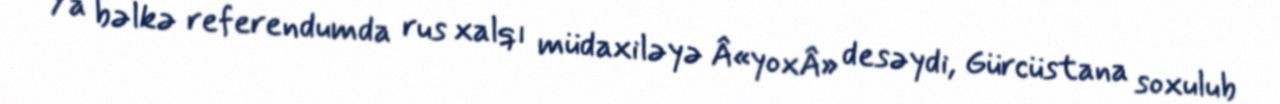
Ya bəlkə referendumda rus xalqı müdaxiləyə Â«yoxÂ» desəydi, Gürcüstana soxulub